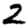
Digit: 2